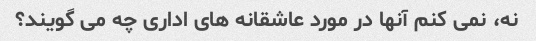
نه، نمی کنم آنها در مورد عاشقانه های اداری چه می گویند؟